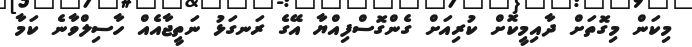
މިކަން މިގޮތަށް ދާއިމީކޮށް ކުރިއަށް ގެންގޮސްފިއްޔާ އޭގެ ރަނގަޅު ނަތީޖާއެއް ހާސިލްވާނެ ކަމާ